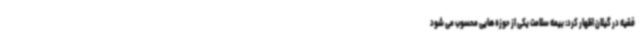
فقیه در گیلان اظهار کرد: بیمه سلامت یکی از حوزه هایی محسوب می شود